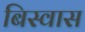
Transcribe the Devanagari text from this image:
बिस्‍वास